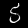
Label: 5